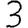
Digit: 3